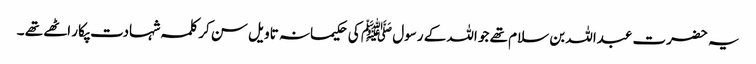
یہ حضرت عبداللہ بن سلام تھے جو اللہ کے رسول ﷺ کی حکیمانہ تاویل سن کر کلمہ شہادت پکار اٹھے تھے ۔